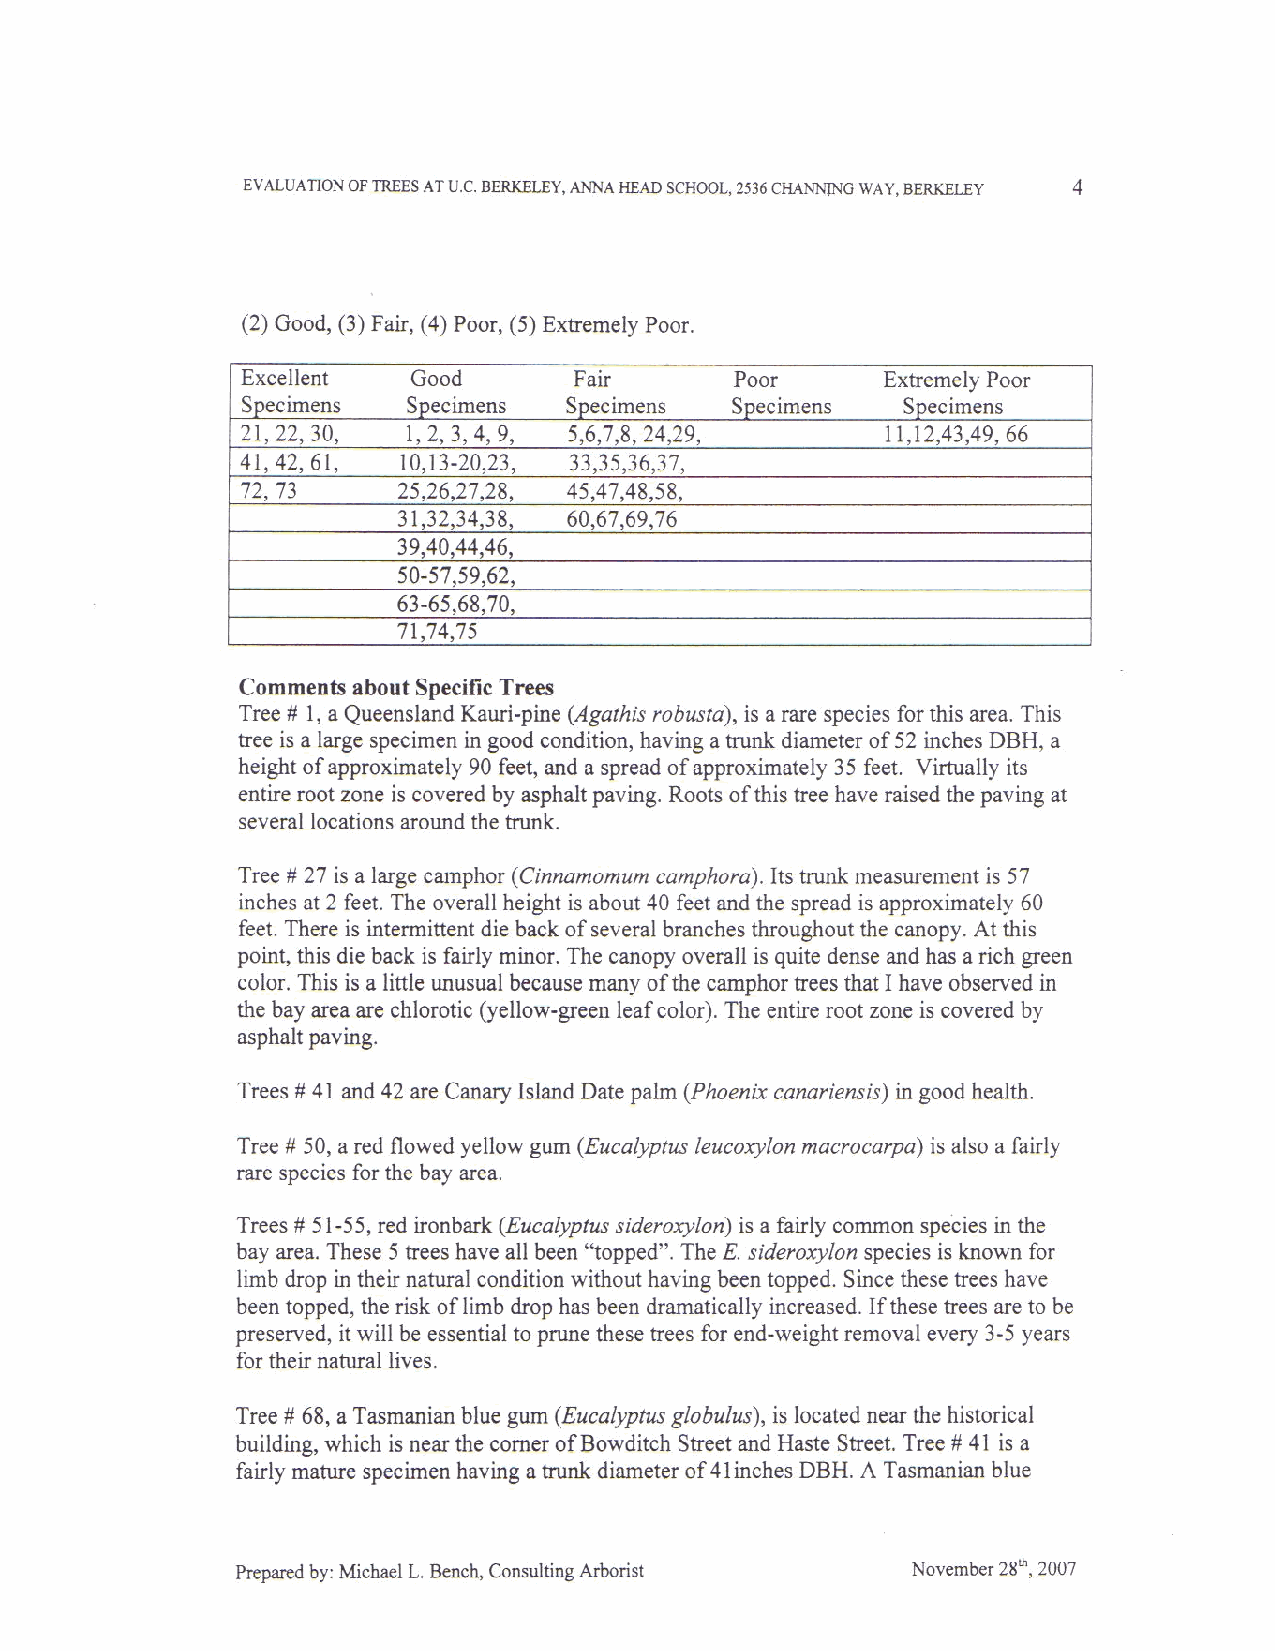
Historic Structure Report                    Anna Head School, UC Berkeley
 June 2008                 Knapp Architects